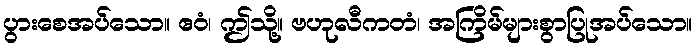
ပွားစေအပ်သော။ ဧဝံ၊ ဤသို့။ ဗဟုလီကတံ၊ အကြိမ်များစွာပြုအပ်သော။